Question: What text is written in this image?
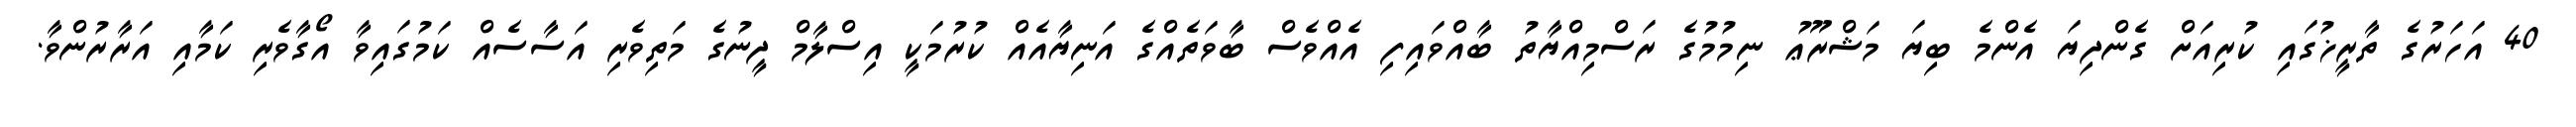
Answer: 40 އަހަރުގެ ތާރީޚުގައި ކުރިއަށް ގެންދިޔަ އެންމެ ބިޔަ މަޝްރޫޢު ނިމުމުގެ ރަސްމިއްޔާތު ބާއްވައިފި އެއްވެސް ބާވަތެއްގެ އަނިޔާއެއް ކުރުމަކީ އިސްލާމް ދީނުގެ މަތިވެރި އަސާސެއް ކަމުގައިވާ އޯގާވެރި ކަމާއި އަރާރުންވާ.